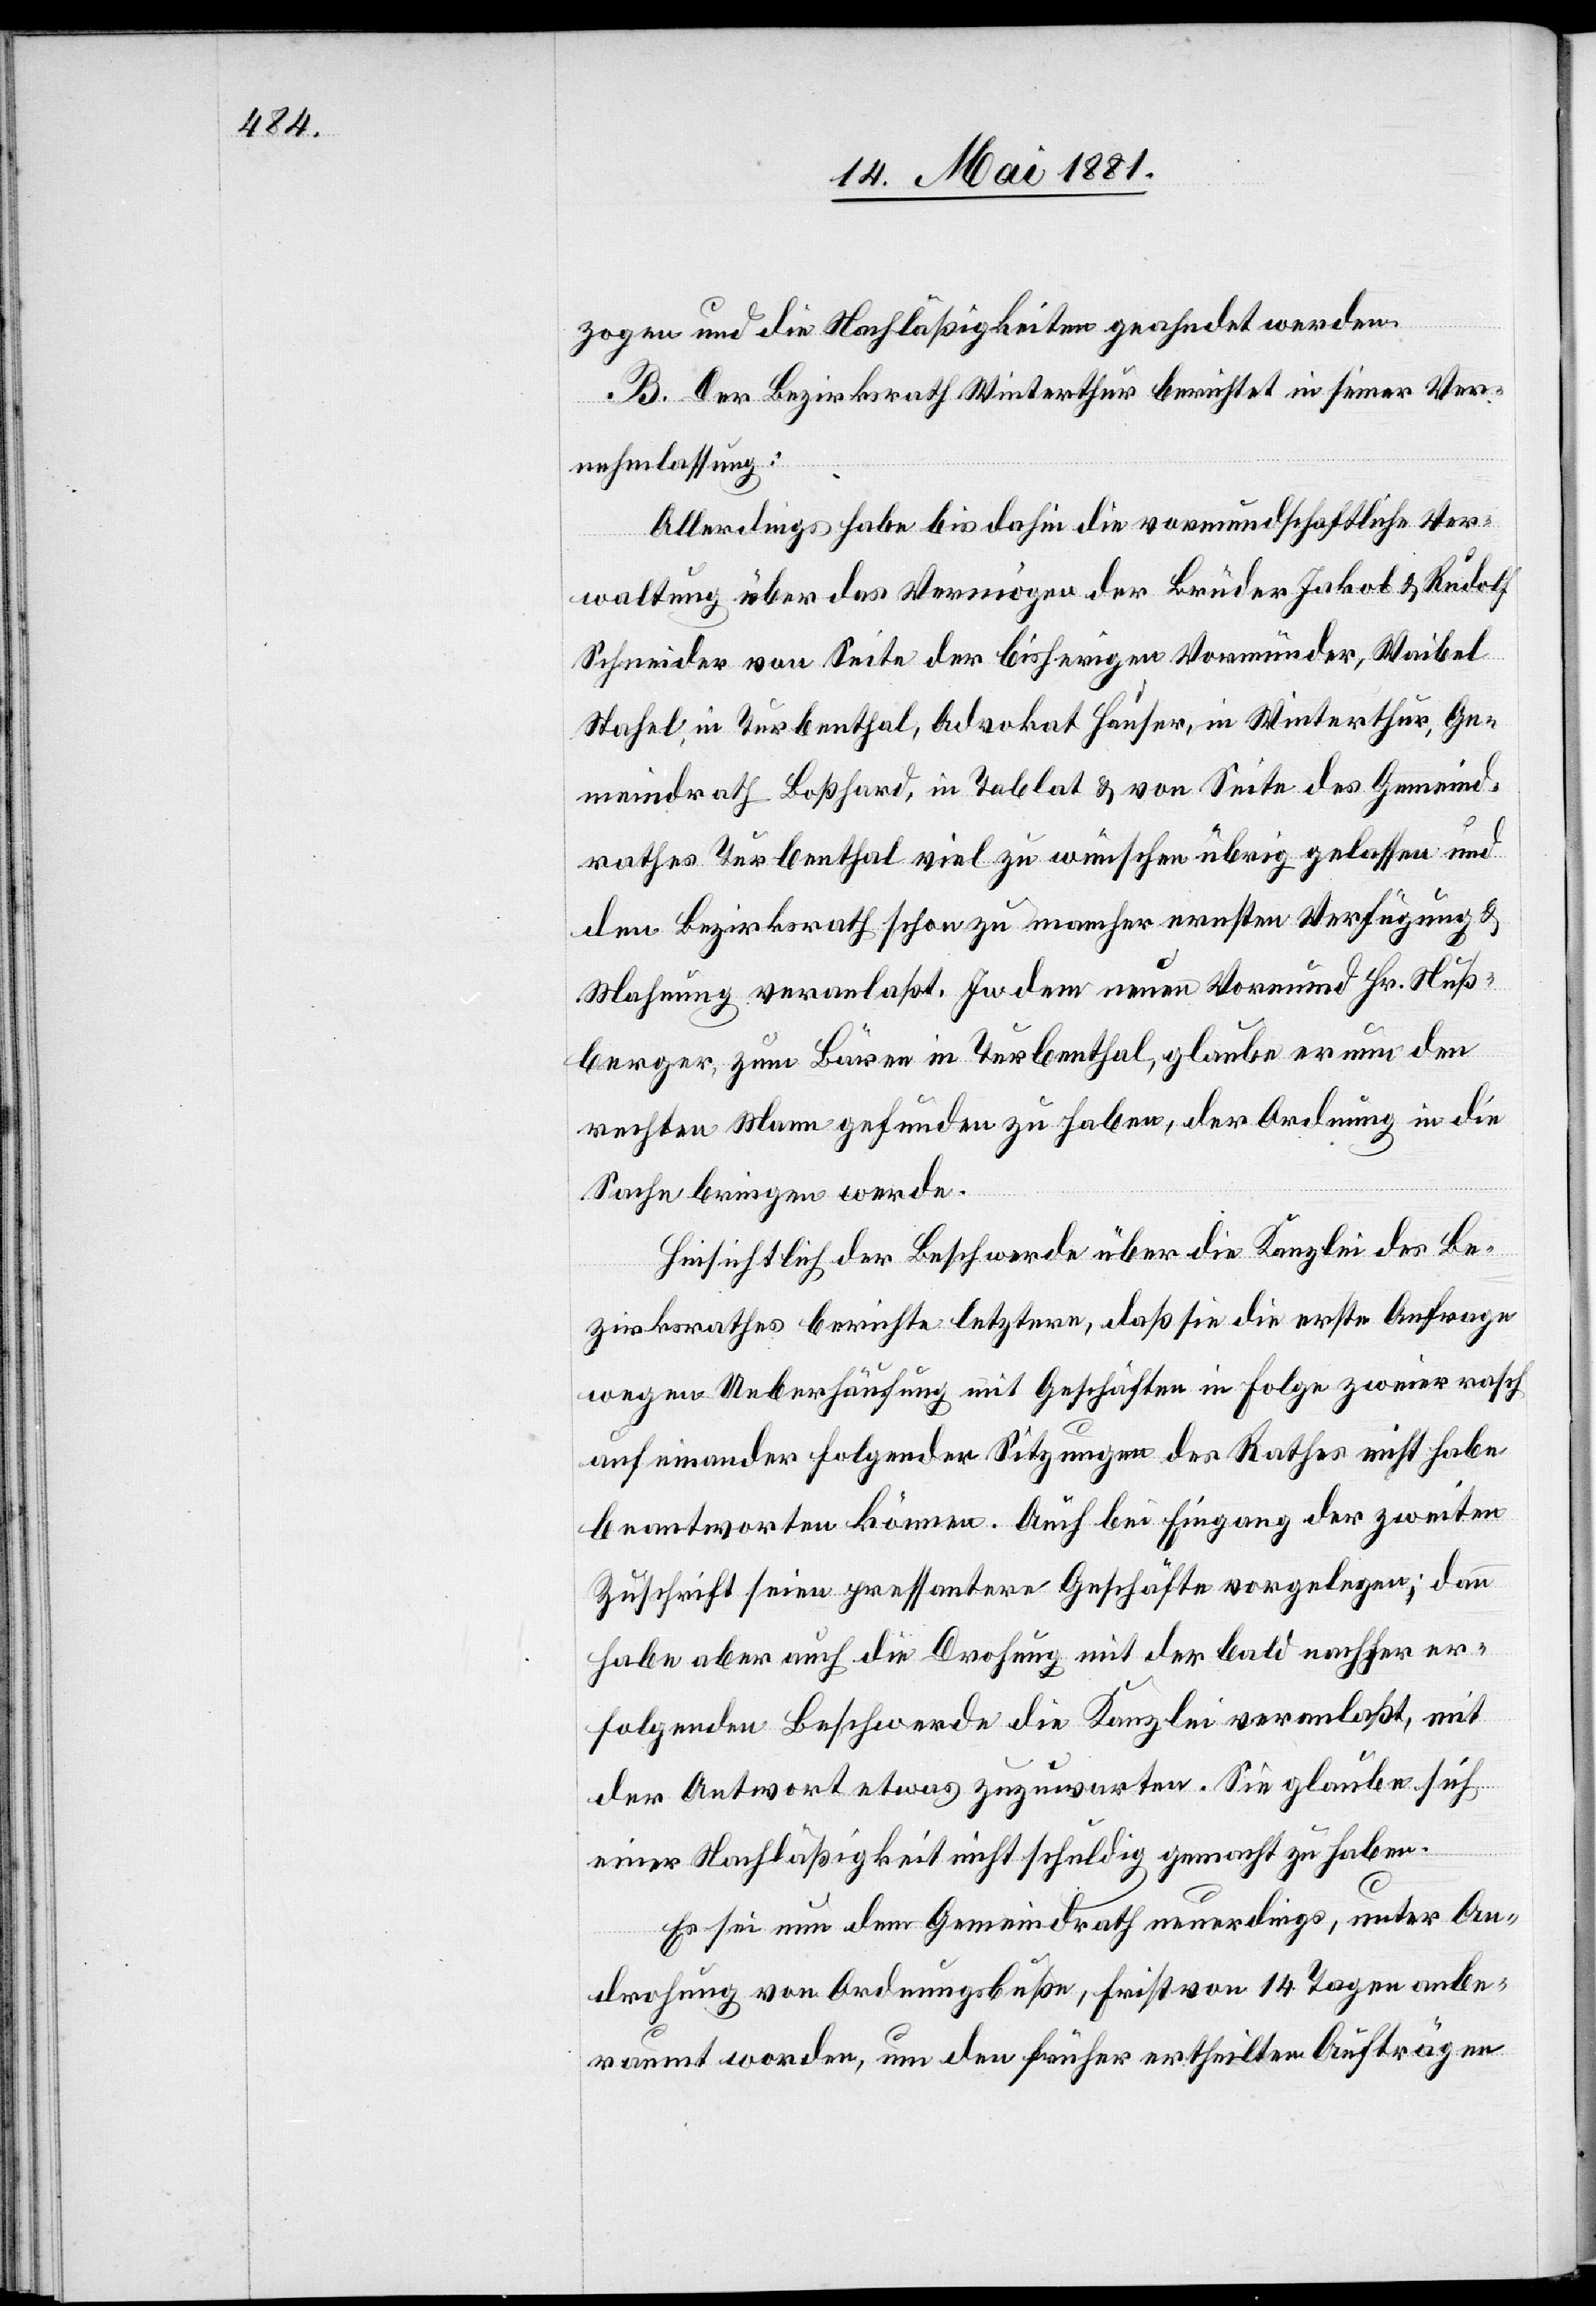
zogen und die Nachläßigkeiten geahndet werden.
B. Der Bezirksrath Winterthur berichtet in seiner Ver¬
nehmlassung:
Allerdings habe bis dahin die vormundschaftliche Ver¬
waltung über das Vermögen der Brüder Jakob & Rudolf
Schneider von Seite der bisherigen Vormünder, Waibel
Stahel, in Turbenthal, Advokat Hauser, in Winterthur, Ge¬
meindrath Boßhard, in Tablat & von Seite des Gemeind¬
rathes Turbenthal viel zu wünschen übrig gelassen und
den Bezirksrath schon zu mancher ernsten Verfügung &
Mahnung veranlaßt. In dem neuen Vormund Hr. Nuß¬
berger, zum Bären in Turbenthal, glaube er nun den
ersten Mann gefunden zu haben, der Ordnung in die
Sache bringen werde.
Hinsichtlich der Beschwerde über die Kanzlei des Be¬
zirksrathes berichte letztere, daß sie die erste Anfrage
wegen Ueberhäufung mit Geschäften in Folge zweier rasch
aufeinander folgender Sitzungen des Rathes nicht habe
beantworten können. Auch bei Eingang der zweiten
Zuschrift seien pressantere Geschäfte vorgelegen; dann
habe aber auch die Drohung mit der bald nachher er¬
folgenden Beschwerde die Kanzlei veranlaßt, mit
der Antwort etwas zuzuwarten. Sie glaube sich
einer Nachläßigkeit nicht schuldig gemacht zu haben.
Es sei nun der Gemeindrath neuerdings, unter An¬
drohung von Ordnungsbuße, Frist von 14 Tagen anbe¬
raumt worden, um den früher ertheilten Aufträgen